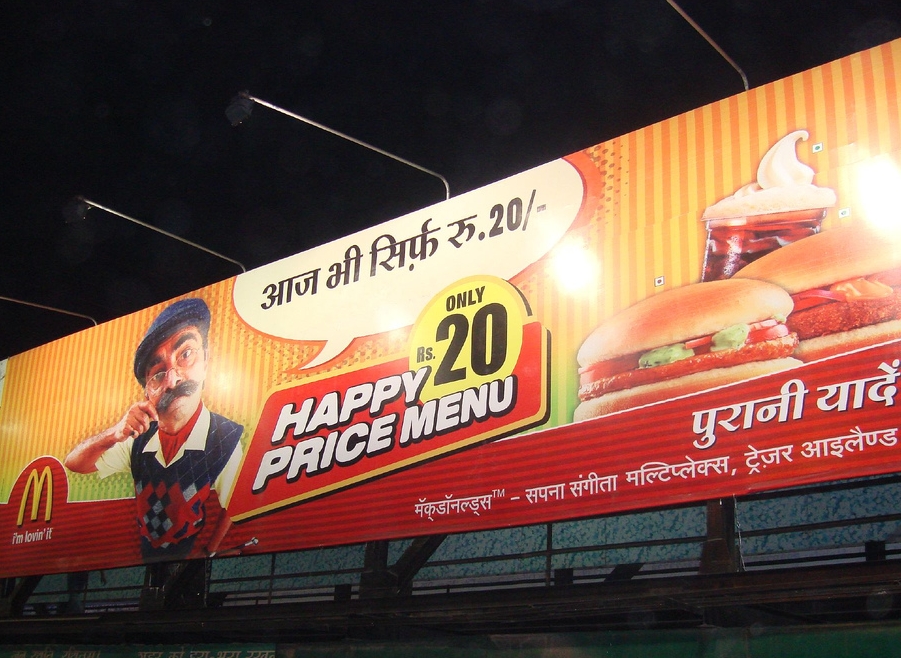
Language: hindi
Transcription: यादें ट्रेज़र मल्टिप्लेक्स, संगीता मॅकडॉनल्ड्स सिर्फ़ पुरानी सपना भी रु.